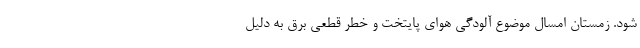
شود. زمستان امسال موضوع آلودگی هوای پایتخت و خطر قطعی برق به دلیل